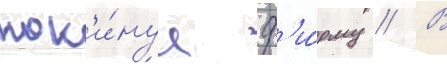
пок'и́нул ф'и́рму // В